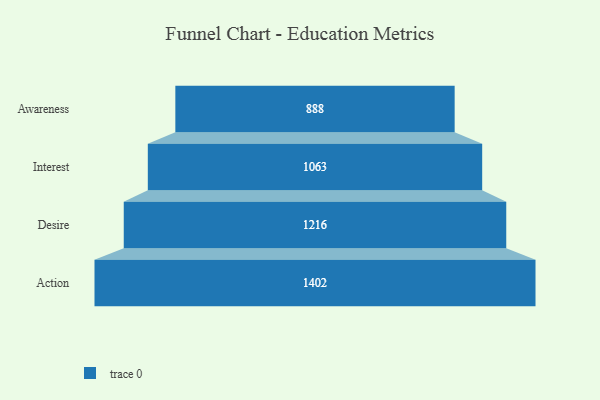
{"axis": {"x": "Stage", "y": "Value"}, "legend": [""], "data": [{"x": "Awareness", "y": 888.0, "type": ""}, {"x": "Interest", "y": 1063.0, "type": ""}, {"x": "Desire", "y": 1216.0, "type": ""}, {"x": "Action", "y": 1402.0, "type": ""}]}